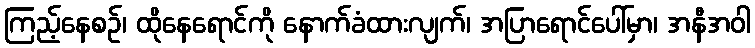
ကြည့်နေစဉ်၊ ထိုနေရောင်ကို နောက်ခံထားလျက်၊ အပြာရောင်ပေါ်မှာ၊ အနီအဝါ